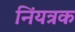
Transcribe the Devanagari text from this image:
निंयत्रक